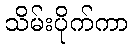
သိမ်းပိုက်ကာ